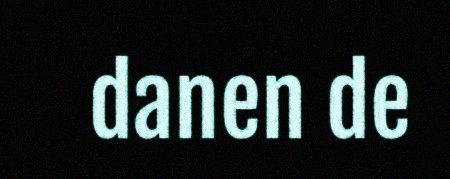
danen de